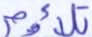
تلاؤم